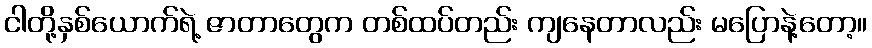
ငါတို့နှစ်ယောက်ရဲ့ ဇာတာတွေက တစ်ထပ်တည်း ကျနေတာလည်း မပြောနဲ့တော့။